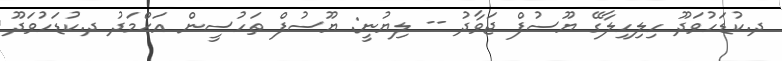
ދ.ކުޑަހުވަދޫ ހިލިހިލާގޭ ޔޫސުފް ޖަވާދު -- ލިޔުނީ: ޔޫސުފް ތަހުސީން އަޙްމަދު ދ.ކުޑަހުވަދޫ